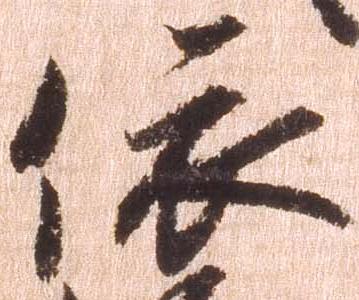
依